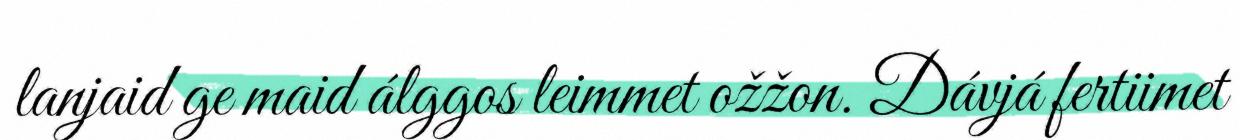
lanjaid ge maid álggos leimmet ožžon. Dávjá fertiimet